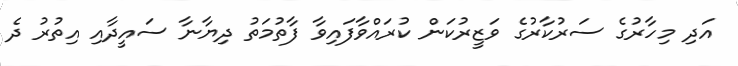
އަދި މިހާރުގެ ސަރުކާރުގެ ވަޒީރުކަން ކުރައްވާފައިވާ ފާތުމަތު ދިޔާނާ ސައީދާއި އިތުރު ދެ